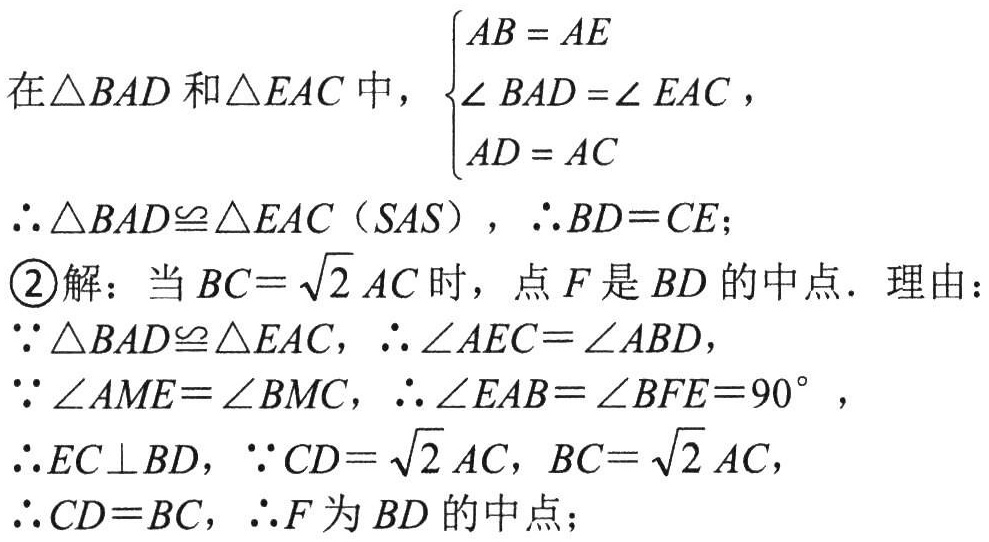
在$\triangle BAD$和$\triangle EAC$中，$\begin{cases}AB = AE\\\angle BAD =\angle EAC\\AD = AC\end{cases}$

$\therefore \triangle BAD\cong\triangle EAC（SAS），\therefore BD = CE$；

\textcircled{2}解：当$BC = \sqrt{2}AC$时，点$F$是$BD$的中点．理由：

$\because \triangle BAD\cong\triangle EAC，\therefore \angle AEC=\angle ABD$，

$\because \angle AME=\angle BMC，\therefore \angle EAB=\angle BFE = 90^{\circ}$，

$\therefore EC\perp BD，\because CD = \sqrt{2}AC，BC = \sqrt{2}AC$，

$\therefore CD = BC，\therefore F$为$BD$的中点；